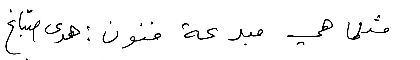
مثلما هي مبدعة فنون : هدى صبّاغ